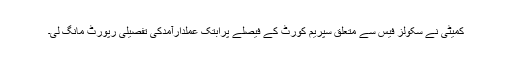
کمیٹی نے سکولز فیس سے متعلق سپریم کورٹ کے فیصلے پرابتک عملدارآمدکی تفصیلی رپورٹ مانگ لی۔